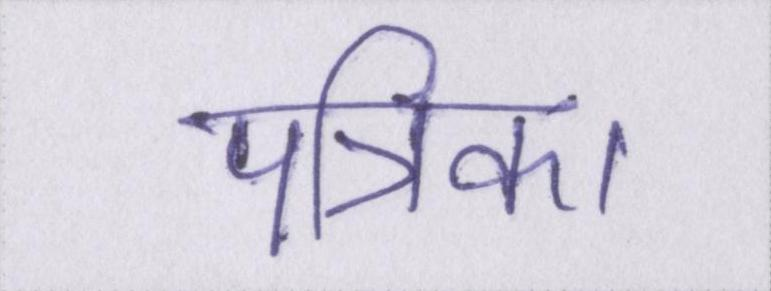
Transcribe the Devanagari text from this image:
पत्रिका